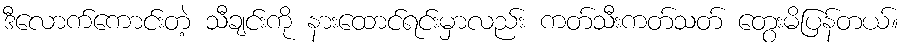
ဒီလောက်ကောင်းတဲ့ သီချင်းကို နားထောင်ရင်းမှာလည်း ကတ်သီးကတ်သတ် တွေးမိပြန်တယ်။